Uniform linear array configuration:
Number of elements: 4
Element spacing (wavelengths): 0.75
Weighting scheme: blackman
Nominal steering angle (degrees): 0
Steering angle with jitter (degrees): -1.496
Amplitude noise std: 0.05
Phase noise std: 0.05

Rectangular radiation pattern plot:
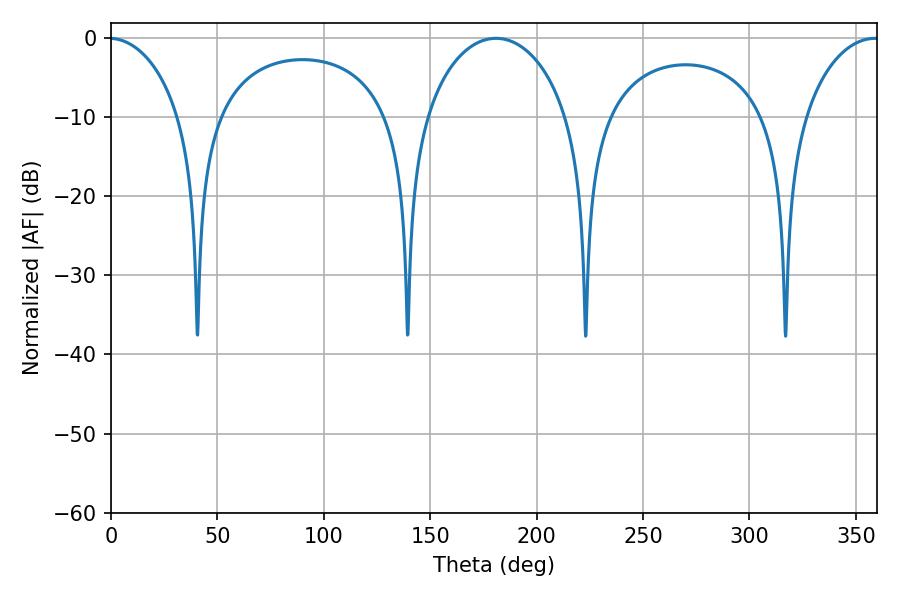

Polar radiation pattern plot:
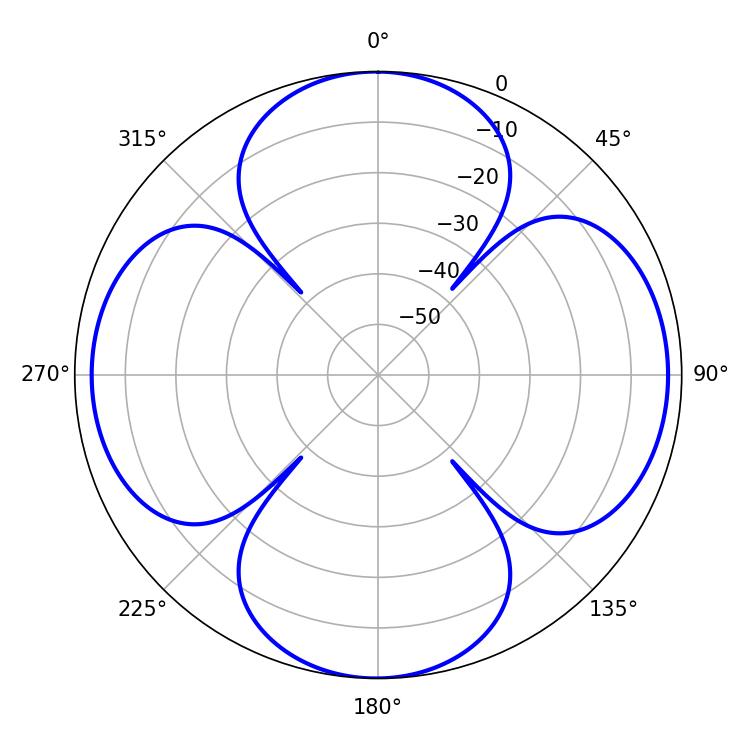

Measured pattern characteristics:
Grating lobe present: TRUE
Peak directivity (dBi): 14.803
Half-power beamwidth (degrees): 38.7
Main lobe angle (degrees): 180.9